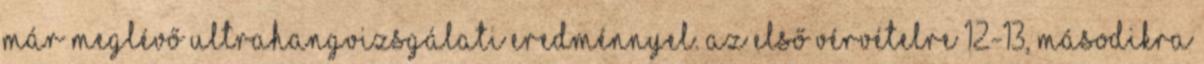
már meglévő ultrahangvizsgálati eredménnyel. Az első vérvételre 12-13, másodikra